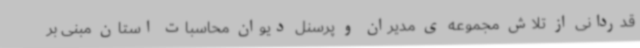
قدردانی از تلاش مجموعه ی مدیران و پرسنل دیوان محاسبات استان مبنی بر